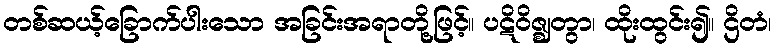
တစ်ဆယ့်ခြောက်ပါးသော အခြင်းအရာတို့ဖြင့်။ ပဋိဝိဇ္ဈတွာ၊ ထိုးထွင်း၍။ ဌိတံ၊